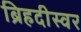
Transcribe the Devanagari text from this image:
ब्रिहदीस्वर